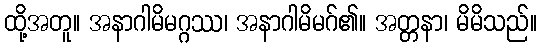
ထို့အတူ။ အနာဂါမိမဂ္ဂဿ၊ အနာဂါမိမဂ်၏။ အတ္တနာ၊ မိမိသည်။